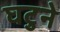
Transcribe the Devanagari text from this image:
घटुने